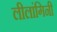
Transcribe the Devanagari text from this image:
लीलांगिनी